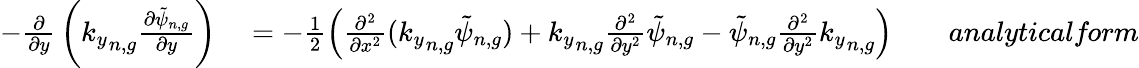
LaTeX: \begin{array}{rlrl}{-{\frac{\partial}{\partial y}}\left({k_{y}}_{n,g}\frac{\partial\tilde{\psi}_{n,g}}{\partial y}\right)}&{{}=-\frac{1}{2}\left(\frac{\partial^{2}}{\partial x^{2}}({k_{y}}_{n,g}\tilde{\psi}_{n,g})+{k_{y}}_{n,g}\frac{\partial^{2}}{\partial y^{2}}\tilde{\psi}_{n,g}-\tilde{\psi}_{n,g}\frac{\partial^{2}}{\partial y^{2}}{k_{y}}_{n,g}\right)}&{}&{{}\textit{analyticalform}}\end{array}